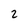
Character: 2